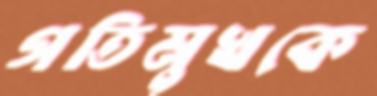
গতিমুখকে